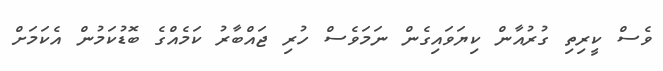
ވެސް ކީރިތި ގުރުއާން ކިޔަވައިގެން ނަމަވެސް ހުރި ޖައްބާރު ކަމެއްގެ ބޮޑުކަމުން އެކަމަށް